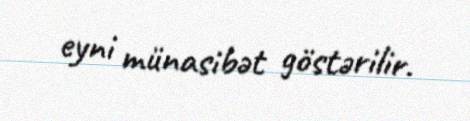
eyni münasibət göstərilir.